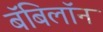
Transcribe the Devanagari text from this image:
बॅबिलॉन